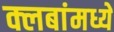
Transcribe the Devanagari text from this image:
क्लबांमध्ये